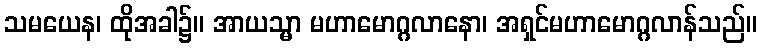
သမယေန၊ ထိုအခါ၌။ အာယသ္မာ မဟာမောဂ္ဂလာနော၊ အရှင်မဟာမောဂ္ဂလာန်သည်။